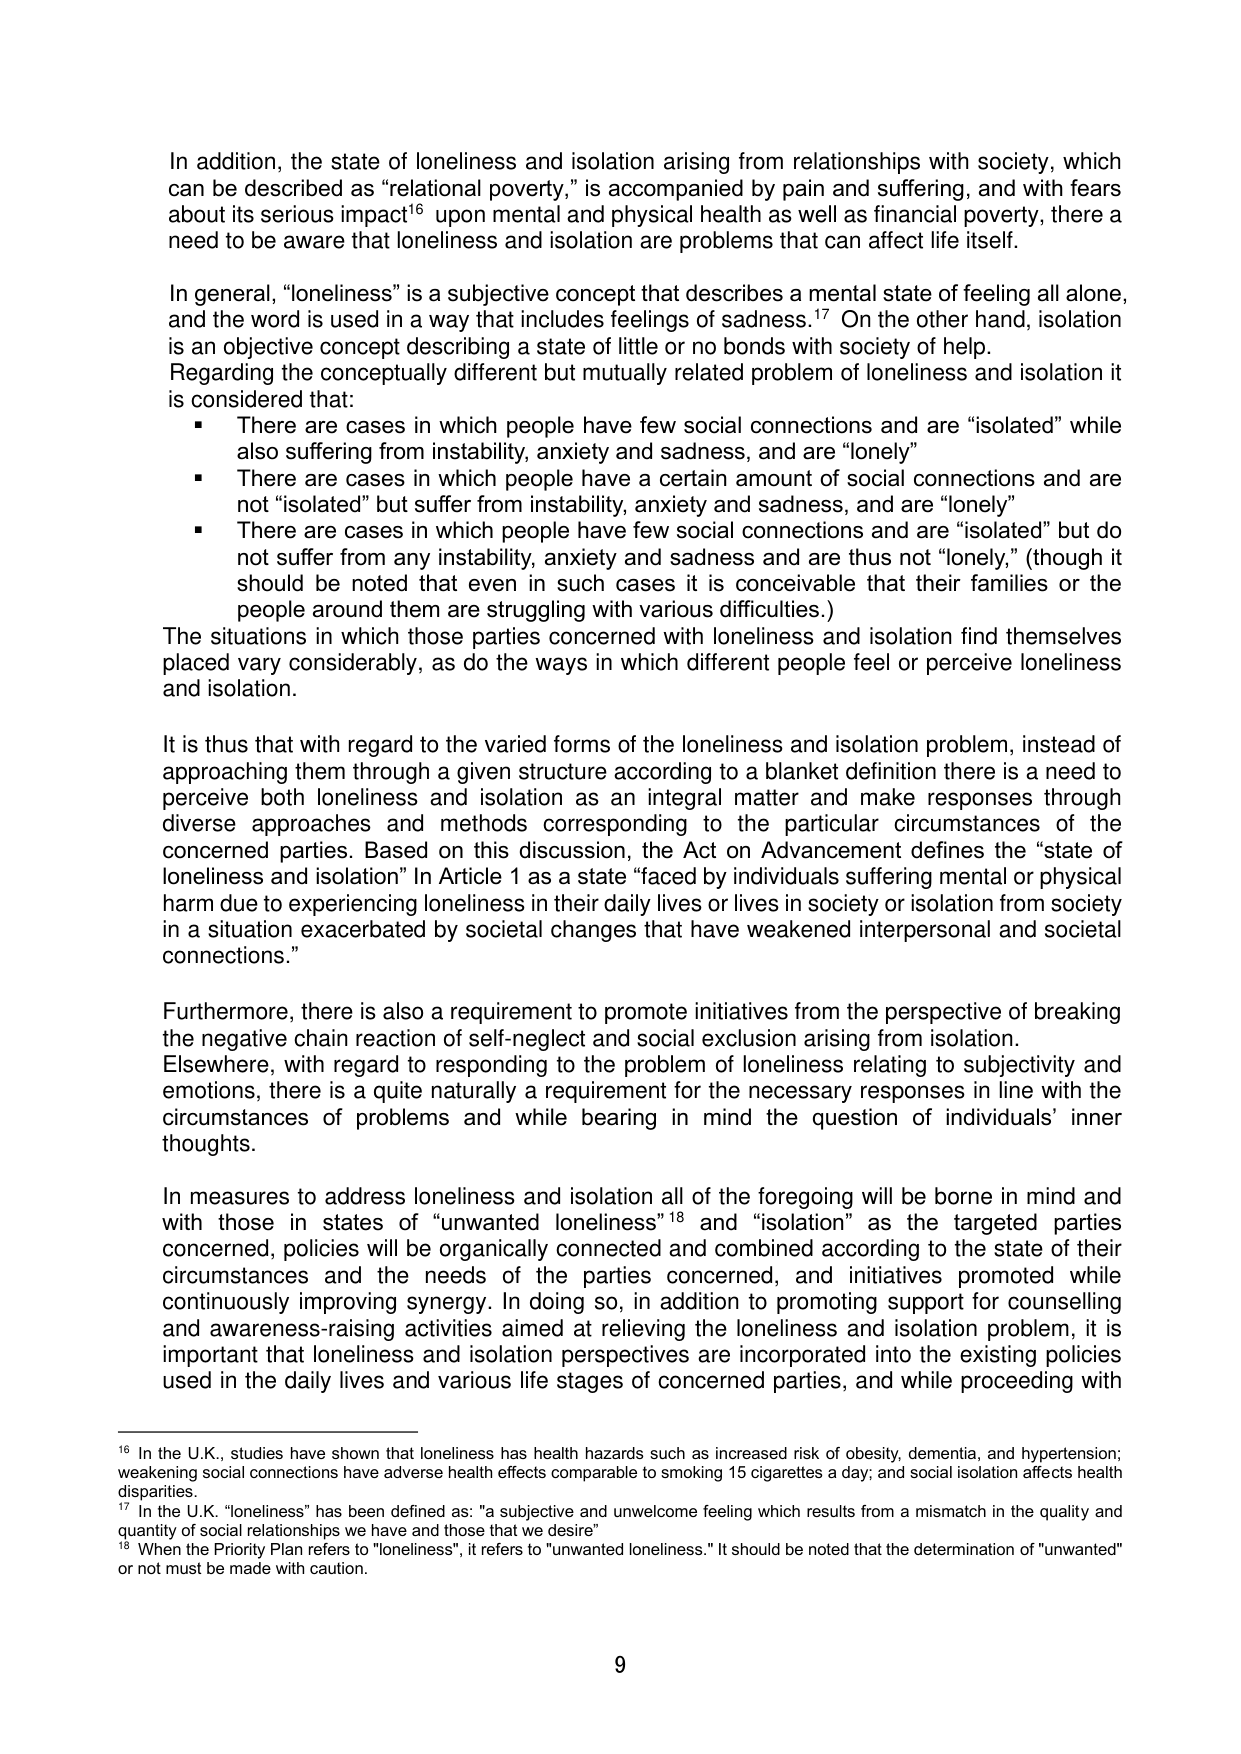
In addition, the state of loneliness and isolation arising from relationships with society, which can be described as “relational poverty,” is accompanied by pain and suffering, and with fears about its serious impact¹⁶ upon mental and physical health as well as financial poverty, there a need to be aware that loneliness and isolation are problems that can affect life itself.

In general, “loneliness” is a subjective concept that describes a mental state of feeling all alone, and the word is used in a way that includes feelings of sadness.¹⁷ On the other hand, isolation is an objective concept describing a state of little or no bonds with society of help. Regarding the conceptually different but mutually related problem of loneliness and isolation it is considered that:

▪ There are cases in which people have few social connections and are “isolated” while also suffering from instability, anxiety and sadness, and are “lonely”

▪ There are cases in which people have a certain amount of social connections and are not “isolated” but suffer from instability, anxiety and sadness, and are “lonely”

▪ There are cases in which people have few social connections and are “isolated” but do not suffer from any instability, anxiety and sadness and are thus not “lonely,” (though it should be noted that even in such cases it is conceivable that their families or the people around them are struggling with various difficulties.)

The situations in which those parties concerned with loneliness and isolation find themselves placed vary considerably, as do the ways in which different people feel or perceive loneliness and isolation.

It is thus that with regard to the varied forms of the loneliness and isolation problem, instead of approaching them through a given structure according to a blanket definition there is a need to perceive both loneliness and isolation as an integral matter and make responses through diverse approaches and methods corresponding to the particular circumstances of the concerned parties. Based on this discussion, the Act on Advancement defines the “state of loneliness and isolation” In Article 1 as a state “faced by individuals suffering mental or physical harm due to experiencing loneliness in their daily lives or lives in society or isolation from society in a situation exacerbated by societal changes that have weakened interpersonal and societal connections.”

Furthermore, there is also a requirement to promote initiatives from the perspective of breaking the negative chain reaction of self-neglect and social exclusion arising from isolation. Elsewhere, with regard to responding to the problem of loneliness relating to subjectivity and emotions, there is a quite naturally a requirement for the necessary responses in line with the circumstances of problems and while bearing in mind the question of individuals’ inner thoughts.

In measures to address loneliness and isolation all of the foregoing will be borne in mind and with those in states of “unwanted loneliness”¹⁸ and “isolation” as the targeted parties concerned, policies will be organically connected and combined according to the state of their circumstances and the needs of the parties concerned, and initiatives promoted while continuously improving synergy. In doing so, in addition to promoting support for counselling and awareness-raising activities aimed at relieving the loneliness and isolation problem, it is important that loneliness and isolation perspectives are incorporated into the existing policies used in the daily lives and various life stages of concerned parties, and while proceeding with

¹⁶ In the U.K., studies have shown that loneliness has health hazards such as increased risk of obesity, dementia, and hypertension; weakening social connections have adverse health effects comparable to smoking 15 cigarettes a day; and social isolation affects health disparities.

¹⁷ In the U.K. “loneliness” has been defined as: “a subjective and unwelcome feeling which results from a mismatch in the quality and quantity of social relationships we have and those that we desire”

¹⁸ When the Priority Plan refers to “loneliness”, it refers to “unwanted loneliness.” It should be noted that the determination of “unwanted” or not must be made with caution.

9